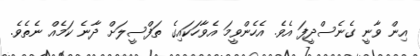
އިން ވާނީ ގެނެސްދީފަ އެވެ. އެހެންވީމަ އެވާހަކައިގެ ތަފްސީލަށް ދާނެ ކަމެއް ނެތެވެ.